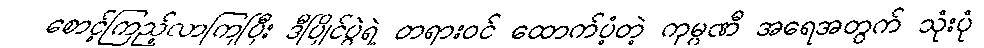
စောင့်ကြည့်လာကြပြီး ဒီပြိုင်ပွဲရဲ့ တရားဝင် ထောက်ပံ့တဲ့ ကုမ္ပဏီ အရေအတွက် သုံးပုံ